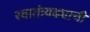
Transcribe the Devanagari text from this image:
स्वातंत्र्यढ्याची